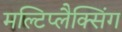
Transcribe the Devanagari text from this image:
मल्टिप्लैक्सिंग